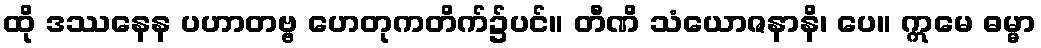
ထို ဒဿနေန ပဟာတဗ္ဗ ဟေတုကတိက်၌ပင်။ တီဏိ သံယောဇနာနိ၊ ပေ။ ဣမေ ဓမ္မာ